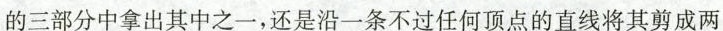
的三部分中拿出其中之一，还是沿一条不过任何顶点的直线将其剪成两